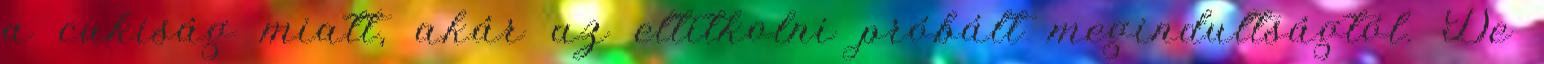
a cukiság miatt, akár az eltitkolni próbált megindultságtól. De